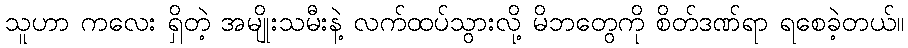
သူဟာ ကလေး ရှိတဲ့ အမျိုးသမီးနဲ့ လက်ထပ်သွားလို့ မိဘတွေကို စိတ်ဒဏ်ရာ ရစေခဲ့တယ်။